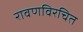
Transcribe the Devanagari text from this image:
रावणविरचित